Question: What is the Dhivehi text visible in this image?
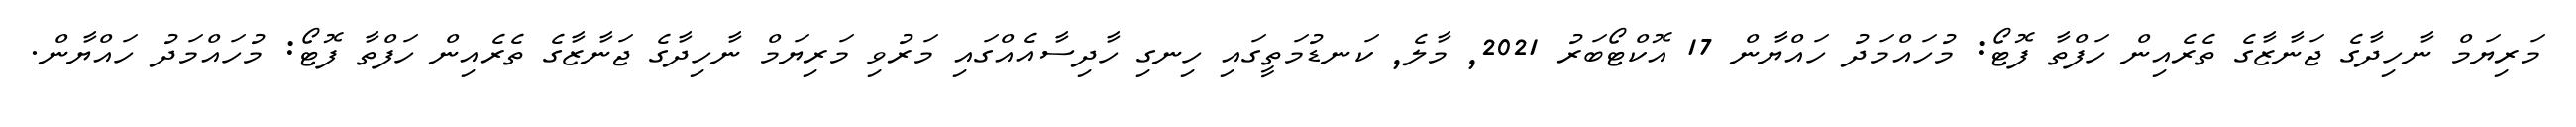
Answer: މަރިޔަމް ނާހިދާގެ ޖަނާޒާގެ ތެރެއިން ހަފްތާ ފޮޓޯ: މުހައްމަދު ހައްޔާން 17 އޮކްޓޯބަރު 2021, މާލެ, ކަނޑުމަތީގައި ހިނގި ހާދިސާއެއްގައި މަރުވި މަރިޔަމް ނާހިދާގެ ޖަނާޒާގެ ތެރެއިން ހަފްތާ ފޮޓޯ: މުހައްމަދު ހައްޔާން.